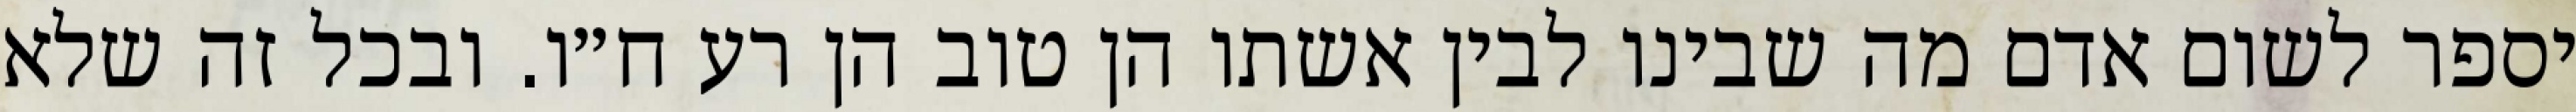
יספר לשום אדם מה שבינו לבין אשתו הן טוב הן רע ח״ו. ובכל זה שלא